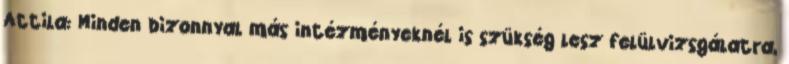
Attila: Minden bizonnyal más intézményeknél is szükség lesz felülvizsgálatra,